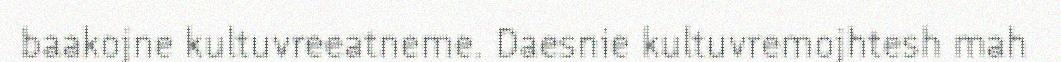
baakojne kultuvreeatneme. Daesnie kultuvremojhtesh mah